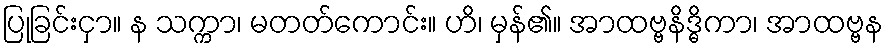
ပြုခြင်းငှာ။ န သက္ကာ၊ မတတ်ကောင်း။ ဟိ၊ မှန်၏။ အာထဗ္ဗနိဒ္ဓိကာ၊ အာထဗ္ဗန